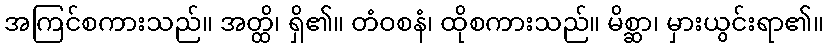
အကြင်စကားသည်။ အတ္ထိ၊ ရှိ၏။ တံဝစနံ၊ ထိုစကားသည်။ မိစ္ဆာ၊ မှားယွင်းရာ၏။